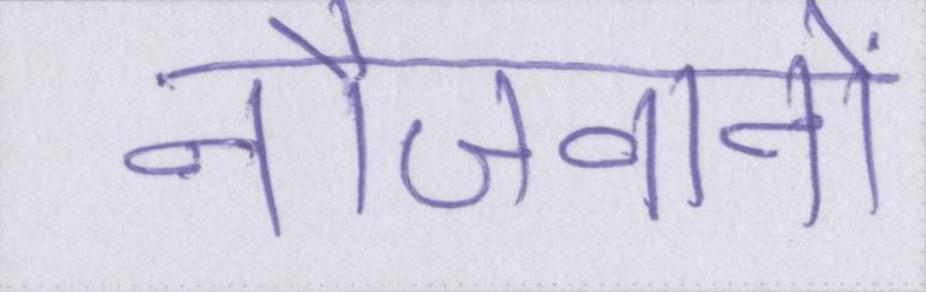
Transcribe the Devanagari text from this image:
नौजवानों